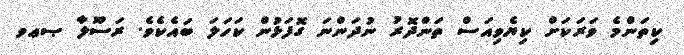
ކިތަންމެ ވަރަކަށް ކިޔެވިއަސް ތަންދޮރު ނުދަންނަ ގޮފަޅުން ކަހަލަ ބައެކެވެ. ރަސޫލާ ޞޢވ